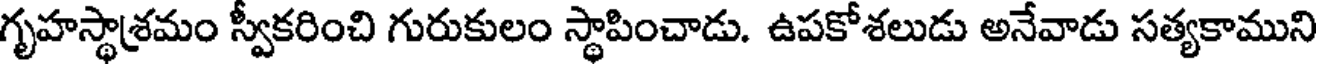
గృహస్థాశ్రమం స్వీకరించి గురుకులం స్థాపించాడు. ఉపకోశలుడు అనేవాడు సత్యకాముని